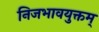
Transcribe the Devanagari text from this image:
निजभावयुक्तम्